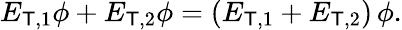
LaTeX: E_{\mathsf{T},1}\phi+E_{\mathsf{T},2}\phi=(E_{\mathsf{T},1}+E_{\mathsf{T},2})\, \phi.